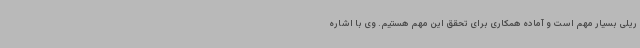
ریلی بسیار مهم است و آماده همکاری برای تحقق این مهم هستیم. وی با اشاره